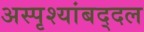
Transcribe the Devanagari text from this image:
अस्पृश्यांबद्दल